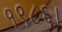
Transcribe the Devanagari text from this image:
१९८६।